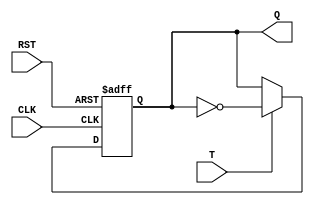
module tflipflop(CLK, T, RST, Q);

    input CLK, T, RST;
    output reg Q = 0;

    //Logic
    always@(posedge CLK or posedge RST) begin
        if (RST)
            Q <= 0;
        else if(T) begin
            Q <= ~Q;
        end
    end
endmodule

module top (CLK, RST, Q);
    input CLK, RST;
    output [3:0] Q;

    tflipflop a (CLK, 1'b1, RST, Q[0]); // LSB
    tflipflop b (CLK, Q[0], RST, Q[1]);
    tflipflop c (CLK, Q[0] & Q[1], RST, Q[2]);
    tflipflop d (CLK, Q[0] & Q[1] & Q[2], RST, Q[3]); // MSB
endmodule